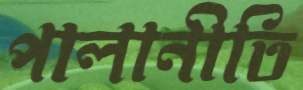
পালানীতি